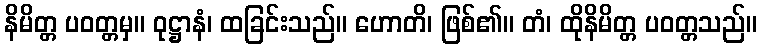
နိမိတ္တ ပဝတ္တမှ။ ဝုဋ္ဌာနံ၊ ထခြင်းသည်။ ဟောတိ၊ ဖြစ်၏။ တံ၊ ထိုနိမိတ္တ ပဝတ္တသည်။